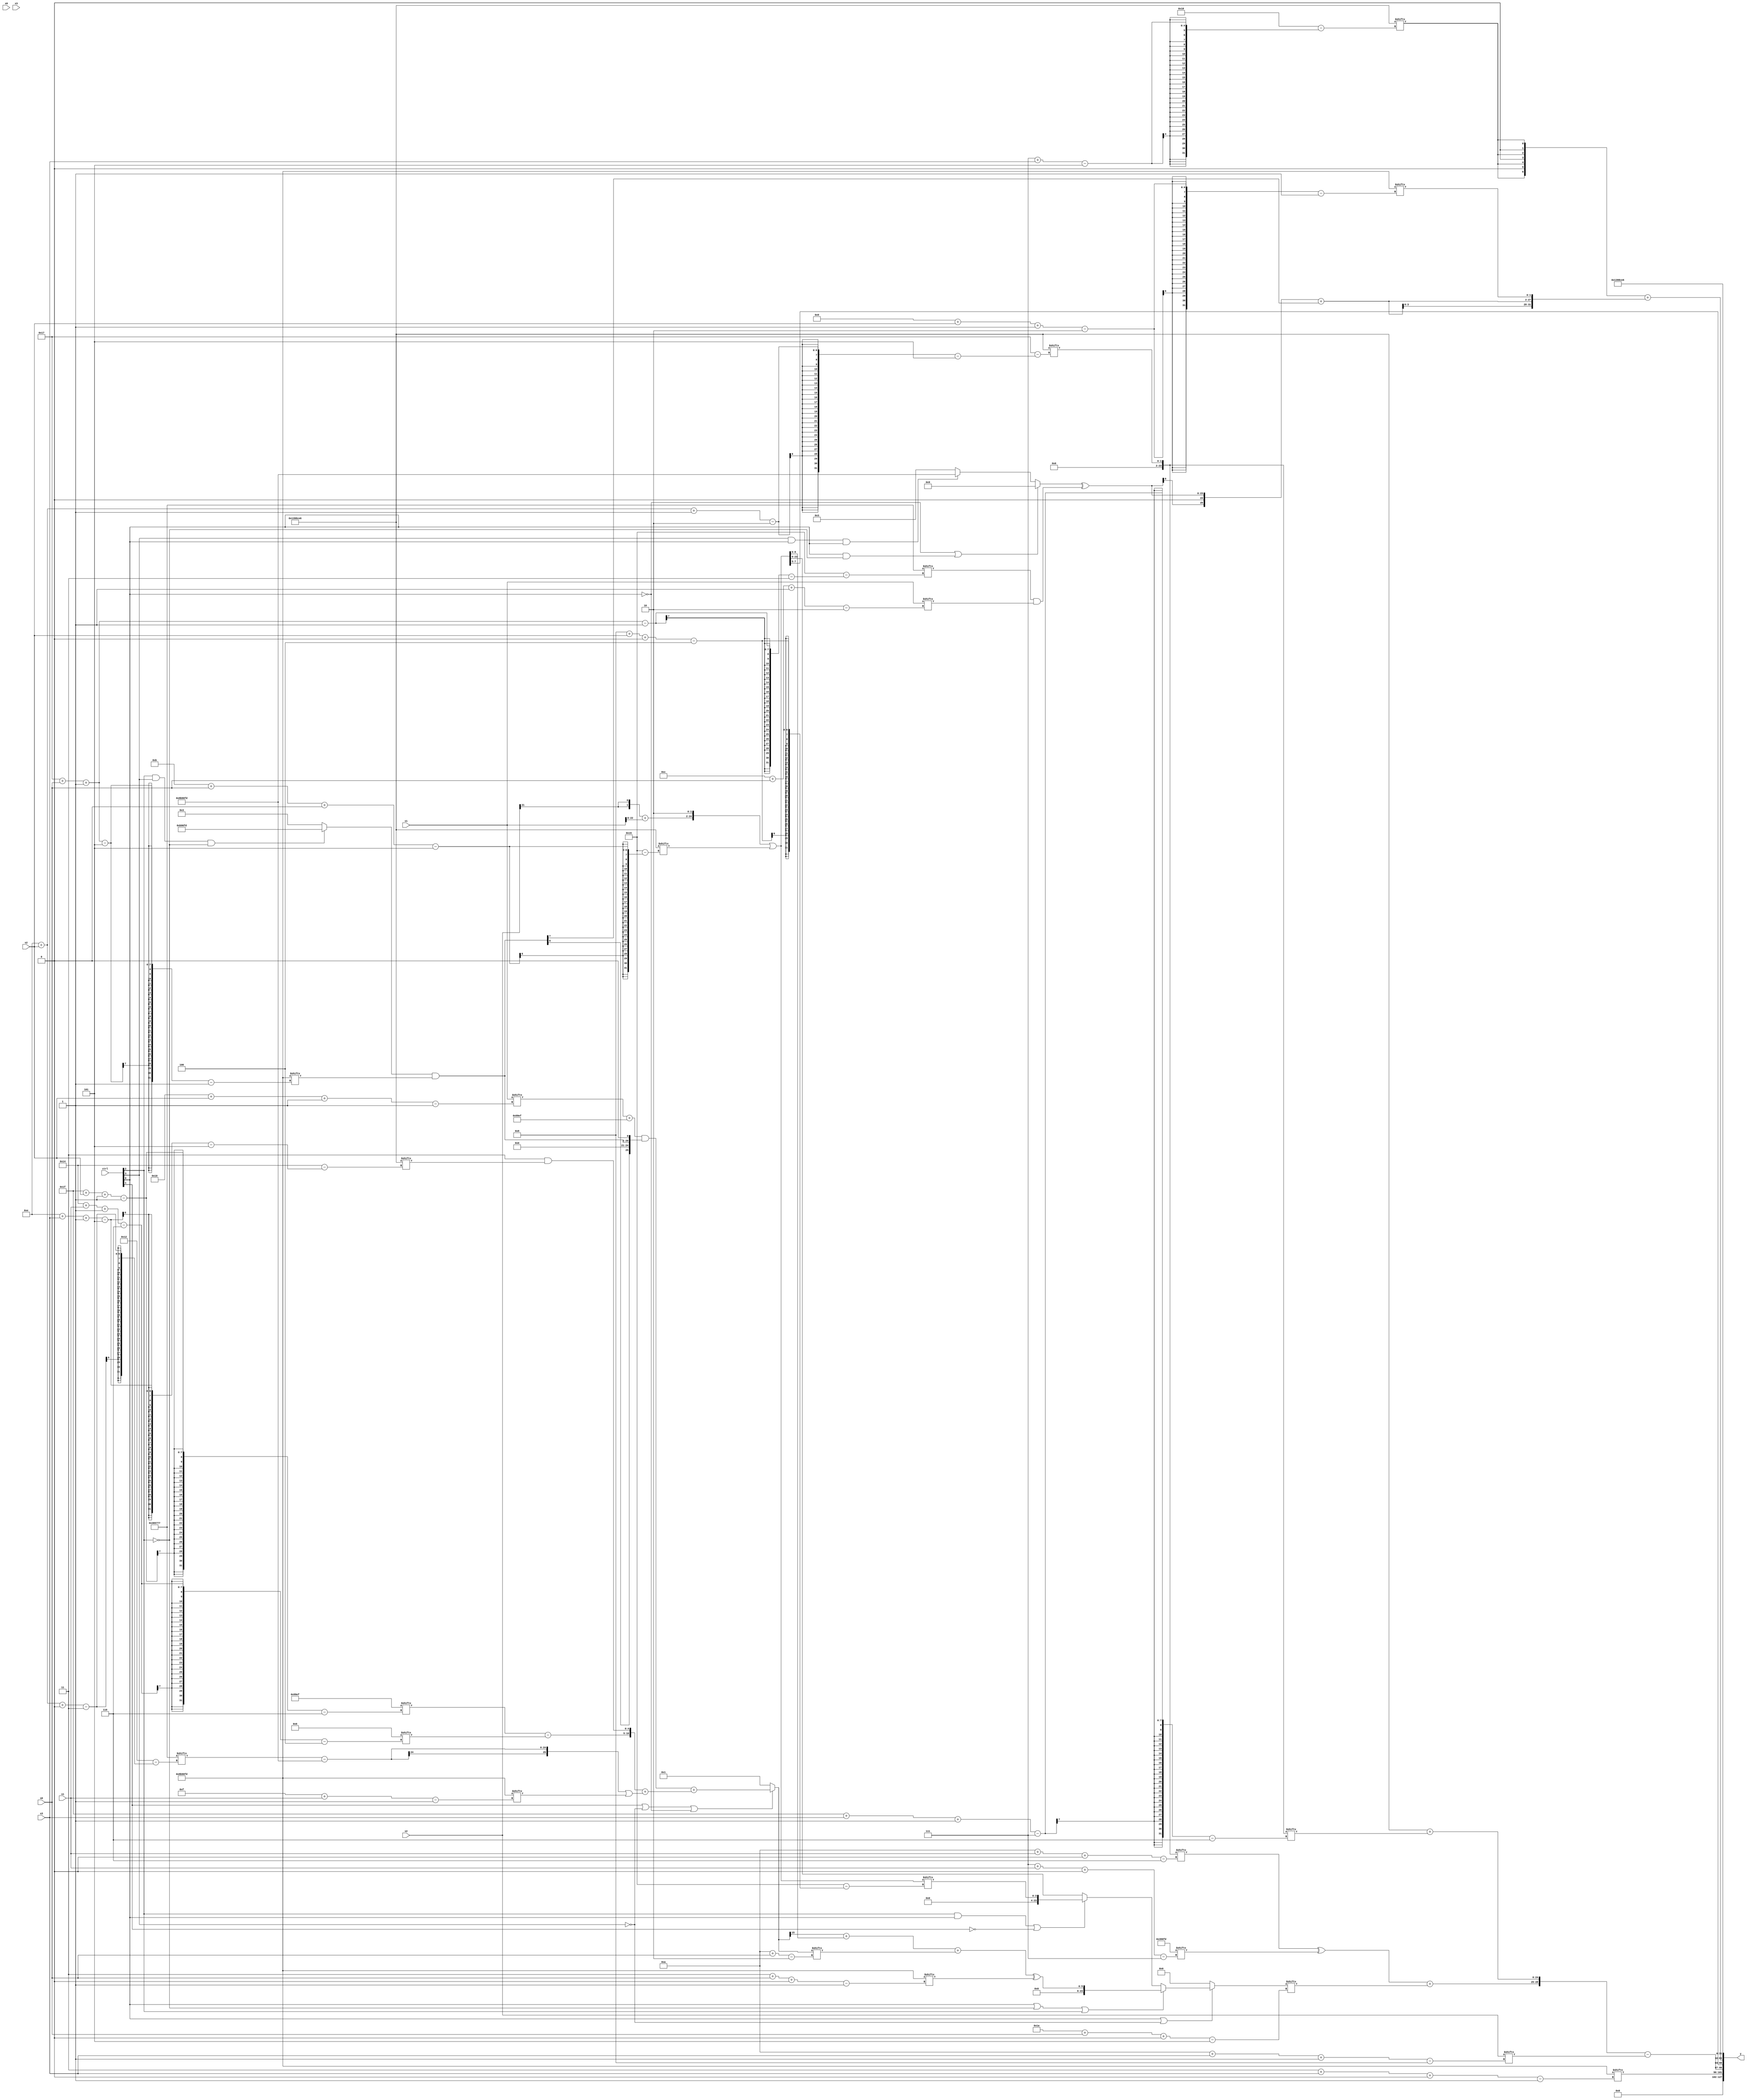
module partsel_00271(ctrl, s0, s1, s2, s3, x0, x1, x2, x3, y);
  input [3:0] ctrl;
  input [2:0] s0;
  input [2:0] s1;
  input [2:0] s2;
  input [2:0] s3;
  input [31:0] x0;
  input [31:0] x1;
  input [31:0] x2;
  input signed [31:0] x3;
  wire signed [29:6] x4;
  wire signed [4:28] x5;
  wire [2:27] x6;
  wire [28:4] x7;
  wire [27:2] x8;
  wire signed [24:7] x9;
  wire signed [28:5] x10;
  wire signed [25:0] x11;
  wire [29:3] x12;
  wire [3:25] x13;
  wire [26:1] x14;
  wire [29:6] x15;
  output [127:0] y;
  wire [31:0] y0;
  wire signed [31:0] y1;
  wire [31:0] y2;
  wire signed [31:0] y3;
  assign y = {y0,y1,y2,y3};
  localparam [25:1] p0 = 76257021;
  localparam signed [3:24] p1 = 141973367;
  localparam [5:29] p2 = 288984294;
  localparam [25:6] p3 = 490772975;
  assign x4 = {2{{p2, {((ctrl[2] && ctrl[3] && !ctrl[2] ? p0 : (p2[12 -: 3] - (p1[16] & p0))) & p0[23 + s0 -: 5]), p0[21 -: 1]}}}};
  assign x5 = ({x0[8 + s1], {({2{x2[21 -: 1]}} + x1), p1[17 -: 2]}} | p2[11 + s0 +: 4]);
  assign x6 = (x4 - x1[20 -: 3]);
  assign x7 = p0[17 -: 3];
  assign x8 = (ctrl[1] || !ctrl[3] || !ctrl[0] ? (((x1[16 + s2 -: 1] + p3) & {p3, {2{x4}}}) + ({(p3[31 + s2 -: 1] - x7[20 + s1 -: 6]), (p2[18 +: 2] & p2[14 + s3 -: 5])} + (!ctrl[3] || ctrl[3] || ctrl[0] ? ((p1[14 + s2 +: 4] - p0) | p0[15 + s1]) : (ctrl[2] || ctrl[2] && ctrl[3] ? x5[10 +: 3] : x4[12 +: 4])))) : p0[17 -: 1]);
  assign x9 = p0;
  assign x10 = (ctrl[0] && ctrl[0] || !ctrl[3] ? (ctrl[0] || !ctrl[2] || ctrl[2] ? (((x8[17] + x5[23 -: 4]) + x8[10 + s0]) ^ p0[3 + s0 +: 1]) : (ctrl[2] && ctrl[0] || !ctrl[1] ? x5[8 + s2 +: 4] : x5)) : {2{x7[15]}});
  assign x11 = {2{(!ctrl[3] && ctrl[3] || ctrl[2] ? {2{(x6 + p2[2 + s3 +: 6])}} : {2{((!ctrl[3] || ctrl[0] && !ctrl[1] ? x4[4 + s1] : p3[26 + s3 -: 2]) ^ ((p2[7 + s3] - (p1[11] - x2[14 +: 3])) ^ p2[18 + s1 -: 5]))}})}};
  assign x12 = (x7[22 + s3 +: 3] ^ (!ctrl[3] && !ctrl[0] || !ctrl[3] ? (((!ctrl[1] || ctrl[2] || ctrl[3] ? p1[8 + s2 -: 3] : p1) - (!ctrl[1] && ctrl[3] || !ctrl[0] ? p0[2 + s2 +: 4] : p0[16 -: 4])) - {x3[20 -: 4], {2{(p1[19 -: 2] + x0)}}}) : x0[14 + s2 +: 3]));
  assign x13 = {(((ctrl[0] && !ctrl[3] || !ctrl[1] ? (p1[8] + x5[22]) : p3) | x5[22 + s2 +: 6]) ^ (x9[30 + s1 -: 2] & ({2{p1}} + p0))), x7[19]};
  assign x14 = {2{{2{((!ctrl[0] || ctrl[0] && !ctrl[2] ? p2[10 +: 4] : (ctrl[3] && ctrl[0] && ctrl[0] ? p0 : (x9[9 +: 2] - p0[14 +: 1]))) ^ (p1[23 + s0 -: 1] & x1[12 + s0 -: 2]))}}}};
  assign x15 = p2[14 + s2 -: 2];
  assign y0 = p0[3 + s3 +: 6];
  assign y1 = {({p0, {{2{((x15[10 + s1 +: 3] ^ x9[7 + s1 +: 8]) + x10[26 + s0 +: 2])}}, (p2 + x15[31 + s3 -: 7])}} - x2[10 + s3 -: 8]), x5[23 -: 3]};
  assign y2 = ({2{{2{{p2[17], p2[7 + s3]}}}}} + {{2{(x14 + x4[14])}}, p0[9 + s2 -: 2]});
  assign y3 = p2;
endmodule